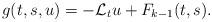
LaTeX: \begin{align*}&g(t,s,u) = -\mathcal{L}_tu + F_{k-1}(t,s).\end{align*}